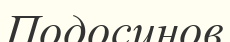
Подосинов